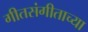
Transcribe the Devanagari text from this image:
गीतसंगीताच्या